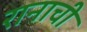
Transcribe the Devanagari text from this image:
रानाची